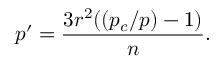
p ^ { \prime } = \frac { 3 r ^ { 2 } ( ( p _ { c } / p ) - 1 ) } { n } .